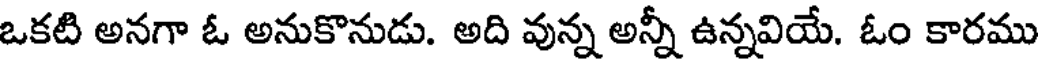
ఒకటి అనగా ఓ అనుకొనుడు. అది వున్న అన్నీ ఉన్నవియే. ఓం కారము